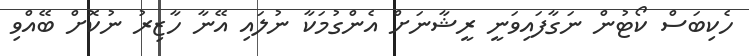
ހެކިބަސް ކޯޓުން ނަގާފައިވަނީ ރީޝާނަށް އެންގުމަކާ ނުލައި އޭނާ ހާޒިރު ނުކޮށް ބޭއްވި